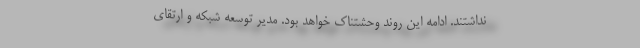
نداشتند. ادامه این روند وحشتناک خواهد بود. مدیر توسعه شبکه و ارتقای